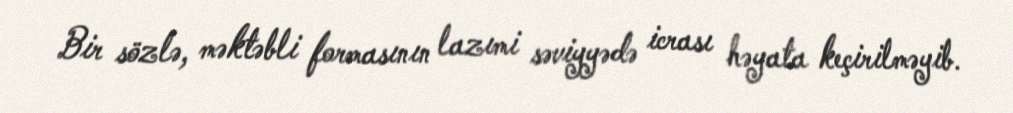
Bir sözlə, məktəbli formasının lazımi səviyyədə icrası həyata keçirilməyib.